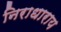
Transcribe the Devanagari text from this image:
निराधाराय